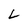
Character: L